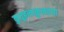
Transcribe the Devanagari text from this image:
कुतूहलाकुलतया